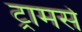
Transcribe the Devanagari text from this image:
ट्रामसे